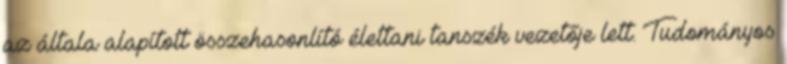
az általa alapított összehasonlító élettani tanszék vezetője lett. Tudományos